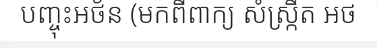
បញ្ចុះអថ័ន (មកពីពាក្យ សំស្ក្រឹត អថ